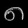
Digit: ၈